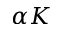
\alpha K